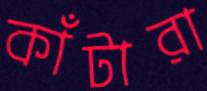
কাঁটারা